Notes on vaccination in the North-West Frontier Province 1923-1928 - 1923-1928
Year: 1923
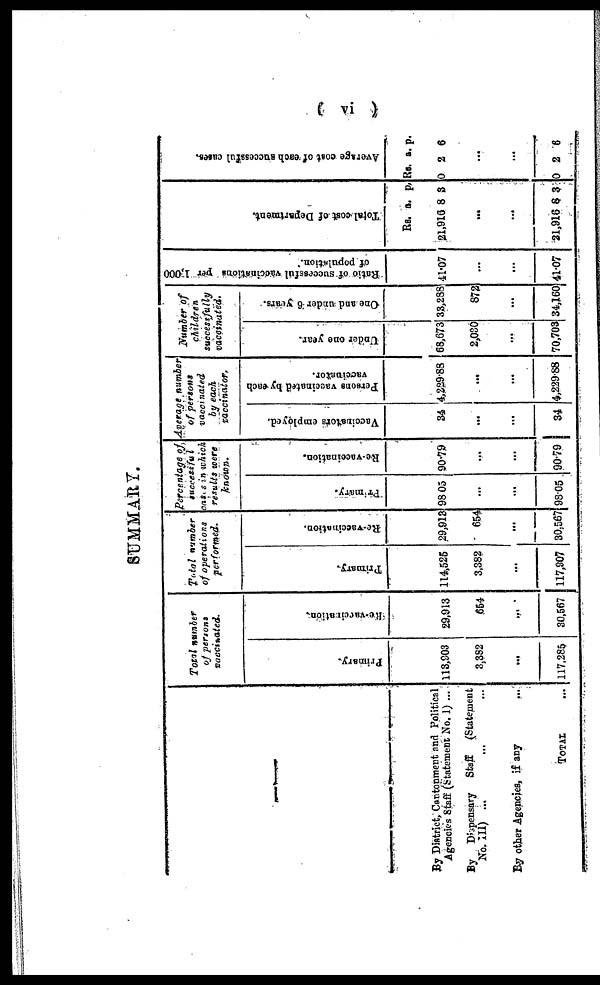
( vi )
SUMMARY.
By District, Cantonment and Political
Agencies Staff (Statement No. 1) ...
By Dispensary Staff
(Statement
No. III)... ... ...
By other Agencies, if any ...
TOTAL ...
Total number
of persons
vaccinated.
Primary.
113,903
3,382
...
117,285
Re-vaccination.
29,913
654
...
30,567
Total number
of operations
performed.
Primary.
114,525
3,382
...
117,907
Re-vaccination
29,913
654
...
30,567
Percentage of
successful
cases in which
results were
known.
Primary.
98.05
...
...
98.05
Re-vaccination.
90.79
...
...
90.79
Average number
of persons
vaccinated
by each
vaccinator.
Vaccinators employed.
34
...
...
34
Persons vaccinated by each
vaccinator.
4,229.88
...
...
4,229.88
Number of
children
successfully
vaccinated.
Under one year.
68,673
2,030
...
70,703
One and under 6 years.
33,288
872
...
34,160
Ratio of successful vaccinations per 1,000
of population.
41.07
...
...
41.07
Total cost of Department.
Rs.
21,916
a.
8
p.
3
...
...
21,916 8 3
Average cost of each successful cases.
Rs.
0
a.
2
p.
6
...
...
0 2 6